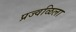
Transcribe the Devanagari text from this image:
प्रज्वळिला